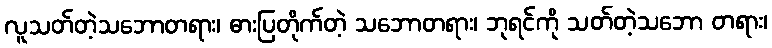
လူသတ်တဲ့သဘောတရား၊ ဓားပြတိုက်တဲ့ သဘောတရား၊ ဘုရင်ကို သတ်တဲ့သဘော တရား၊